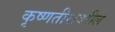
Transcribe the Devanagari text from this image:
कृष्णतीरावरील